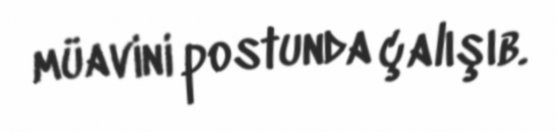
müavini postunda çalışıb.